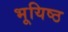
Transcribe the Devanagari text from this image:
भूयिष्ठ